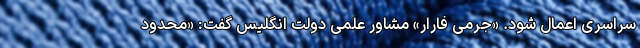
سراسری اعمال شود. «جرمی فارار» مشاور علمی دولت انگلیس گفت: «محدود